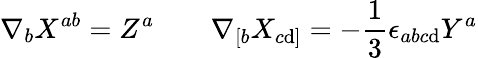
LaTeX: \nabla_{b}X^{ab}=Z^{a}\qquad\nabla_{[b}X_{c\mathrm{d}]}=-\frac{{1}}{{3}}\epsilon_{abc\mathrm{d}}Y^{a}